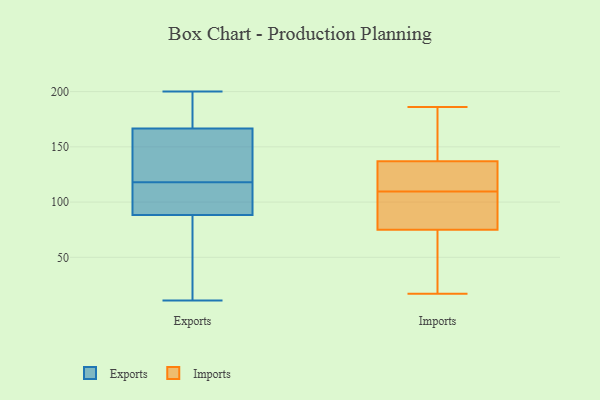
{"axis": {"x": "Temperature (°C)", "y": "Value"}, "legend": ["Exports", "Imports"], "data": [{"x": "", "y": 45, "type": "Exports"}, {"x": "", "y": 143, "type": "Exports"}, {"x": "", "y": 118, "type": "Exports"}, {"x": "", "y": 191, "type": "Exports"}, {"x": "", "y": 126, "type": "Exports"}, {"x": "", "y": 11, "type": "Exports"}, {"x": "", "y": 89, "type": "Exports"}, {"x": "", "y": 38, "type": "Exports"}, {"x": "", "y": 86, "type": "Exports"}, {"x": "", "y": 98, "type": "Exports"}, {"x": "", "y": 174, "type": "Exports"}, {"x": "", "y": 197, "type": "Exports"}, {"x": "", "y": 200, "type": "Exports"}, {"x": "", "y": 139, "type": "Exports"}, {"x": "", "y": 110, "type": "Exports"}, {"x": "", "y": 95, "type": "Exports"}, {"x": "", "y": 164, "type": "Exports"}, {"x": "", "y": 20, "type": "Imports"}, {"x": "", "y": 101, "type": "Imports"}, {"x": "", "y": 186, "type": "Imports"}, {"x": "", "y": 129, "type": "Imports"}, {"x": "", "y": 50, "type": "Imports"}, {"x": "", "y": 157, "type": "Imports"}, {"x": "", "y": 93, "type": "Imports"}, {"x": "", "y": 110, "type": "Imports"}, {"x": "", "y": 161, "type": "Imports"}, {"x": "", "y": 124, "type": "Imports"}, {"x": "", "y": 109, "type": "Imports"}, {"x": "", "y": 137, "type": "Imports"}, {"x": "", "y": 75, "type": "Imports"}, {"x": "", "y": 17, "type": "Imports"}]}